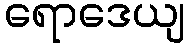
ရောဒေယျ